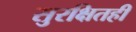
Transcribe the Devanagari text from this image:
सुरक्षितही